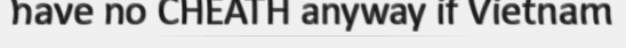
have no CHEATH anyway if Vietnam